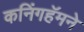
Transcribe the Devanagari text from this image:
कनिंगहॅमने